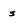
Character: s